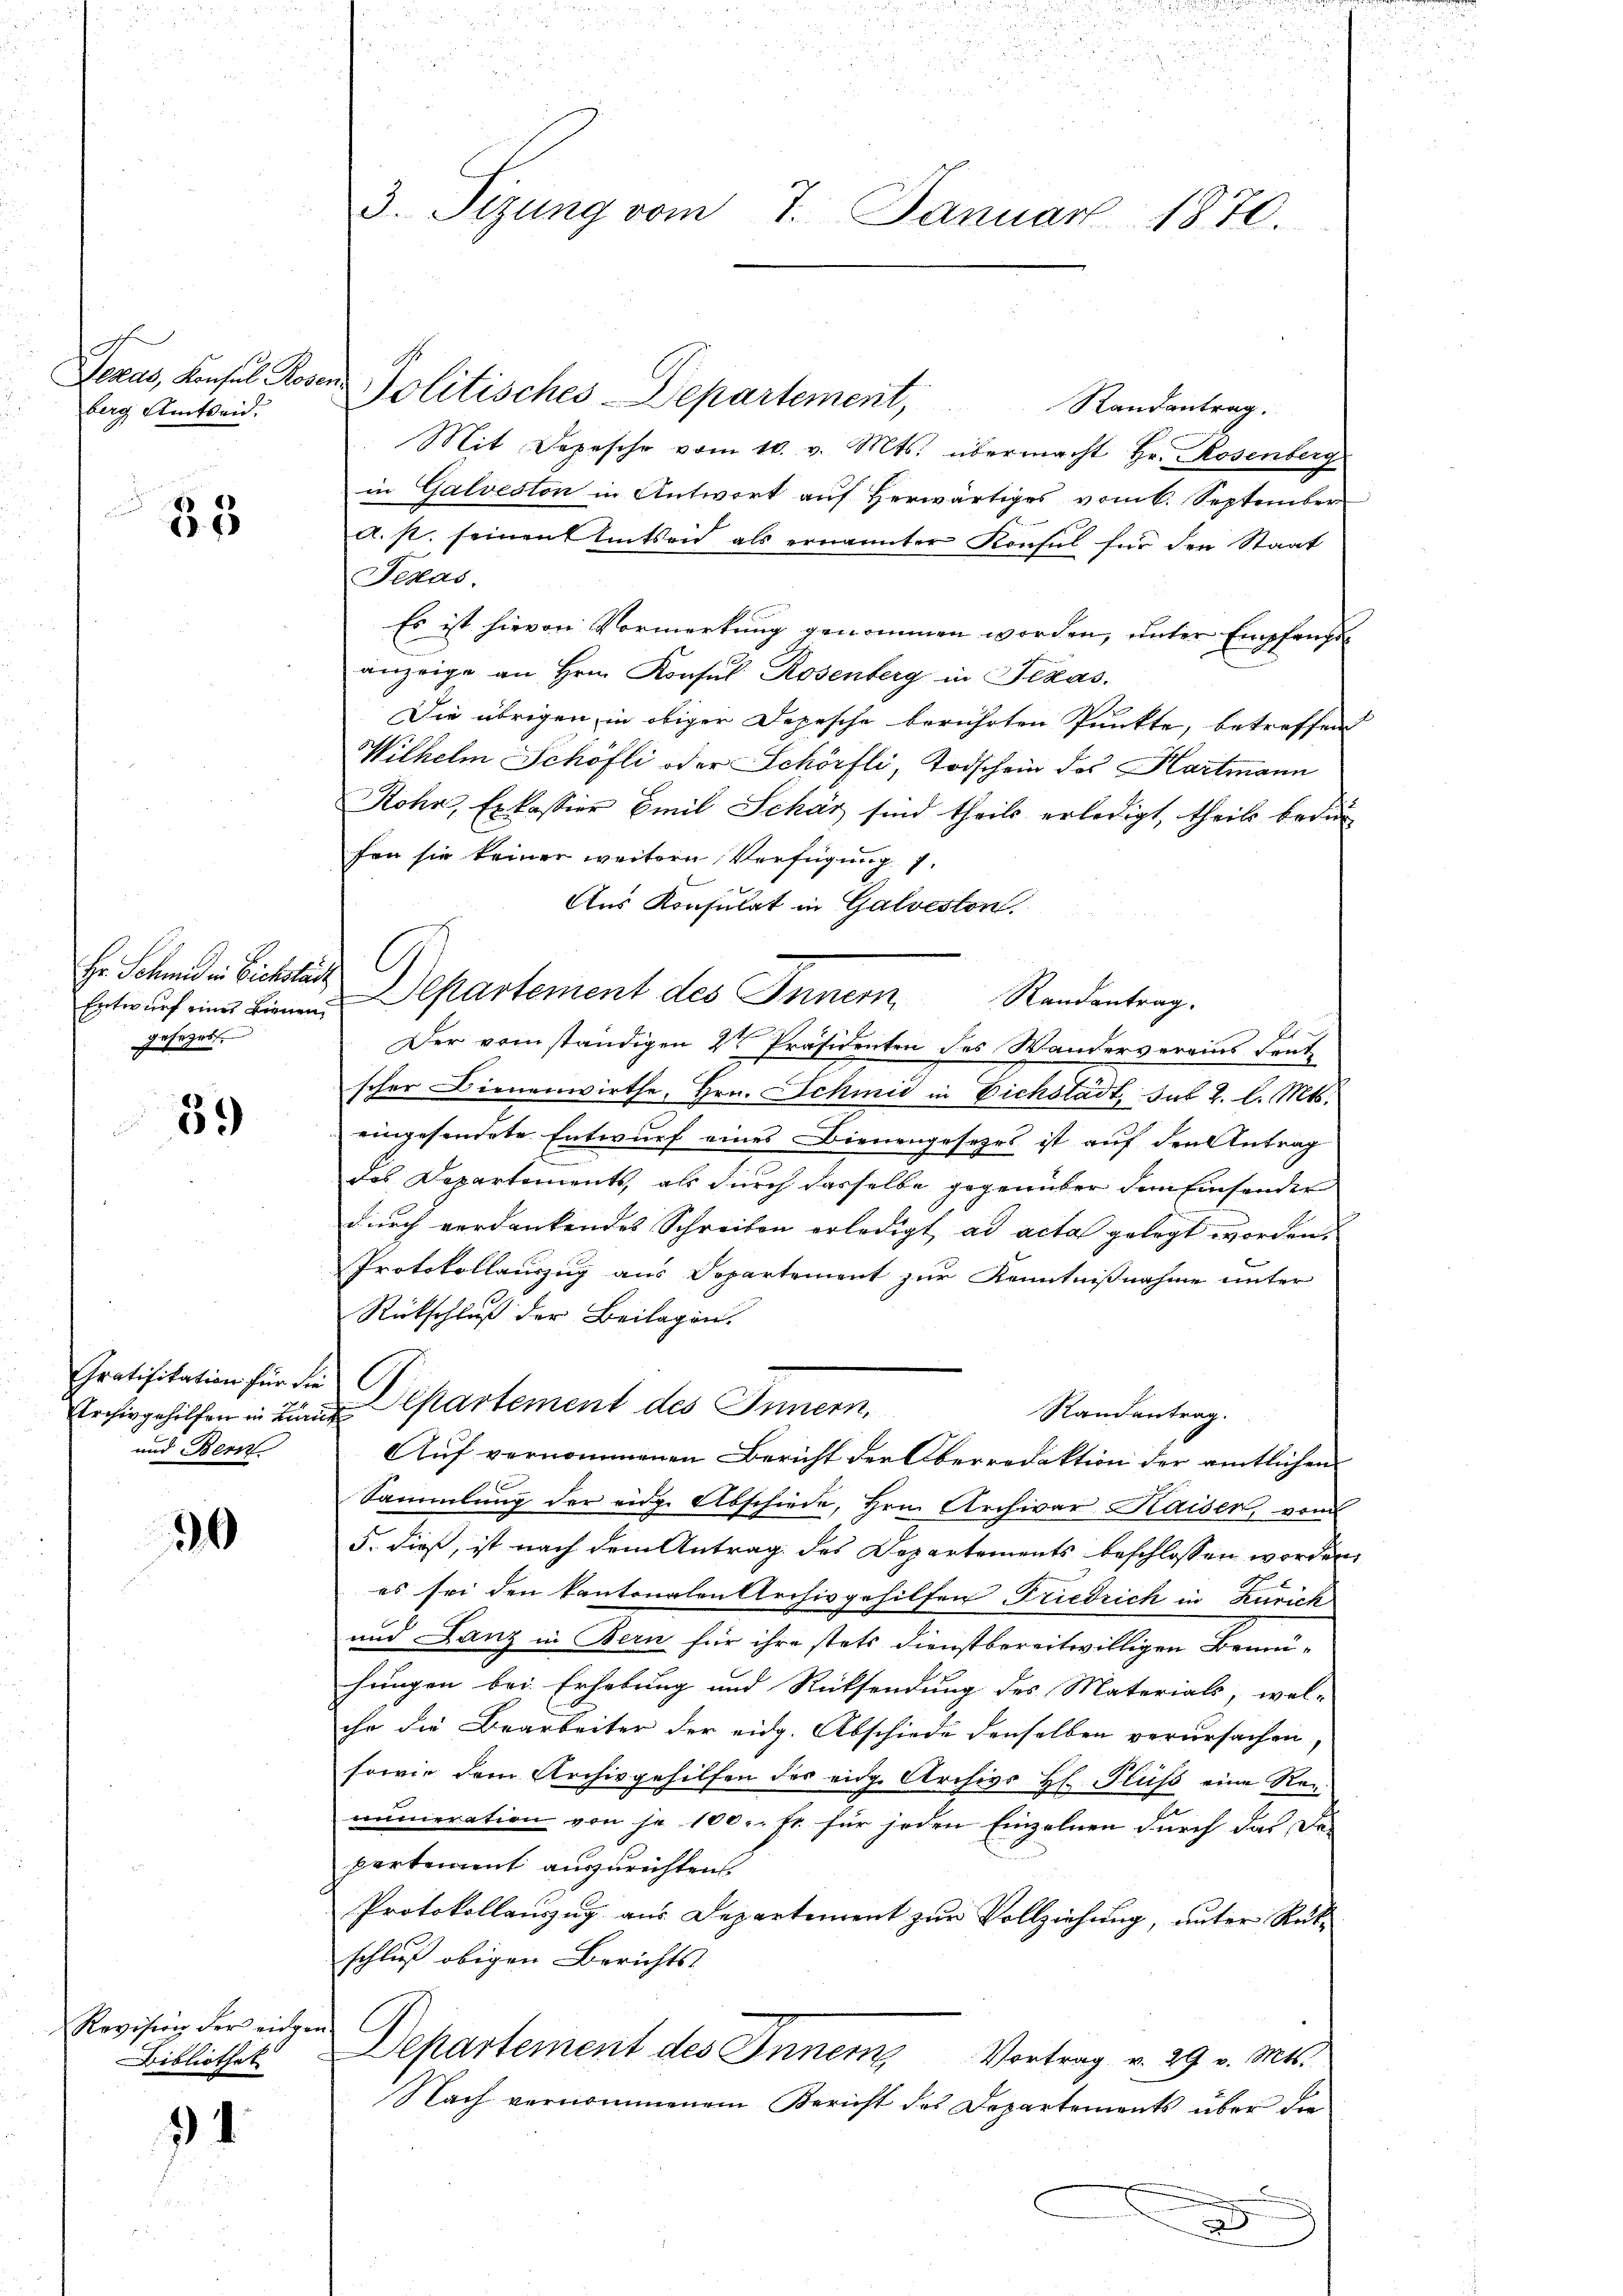
berg Amtseid.

33

Hr. Schmid in Bickelun
gesezes.

39)

Gratifikation für die
und Bern

30

Revision der eidge¬
Bibliothek

14

3. Sizung vom 7. Januar 1870.

Jerus, Konsul Rosen Molitisches Departement, Randantrag.
Mit Depesche vom 10. v. Mts. übermacht Hr. Rosenberg
in Galveston in Antwort auf Herwärtiges vom 6. September
a. s. seinen Amtseid als ernannter Konsul für den Staat
Texas
Es ist hievon Vormerkung genommen worden, unter Empfangsanzeige an Hrn. Konsul Rosenberg in Texas
Die übrigen in obiger Depesche berührten Punkte, betreffend
Wilhelm Schöfli oder Schörfli, Todschein des Hartmann
Kohn, Exkassier Emil Schär sind theils erledigt, theils bedür
fen sie keiner weitern Verfügung 1.
Aus Konsulat in Galveston.
Entwurf eine Linnen Departement des Innern Randentrag.
Der vom ständigen 2te Präsidenten des Wanderverains Leut
scher Dienenwirthe, Hrn. Schmid in Eichstadt, sub 2. l. Mts.
eingesendete Entwurf eines Bienengesezes ist auf den Antrag
des Departements, als durch dasselbe gegenüber dem Einsender
durch verdankendes Schreiben erledigt, ad acta gelegt worden.
Protokollauszug aus Departement zur Kenntnißnahme unter
Rückschluß der Beilagen.

Erchergehilfen in Lune partement des Innern,
Randantrag.
Auf vernommenen Bericht der Oberredaktion der amtlichen
Sammlung der eidg. Abschiede, Hrn. Archivar Kaiser, vom
5. dieß, ist nach dem Antrag des Departements beschlossen worden,
es sei den kantonalen Archivgehilfen Friedrich in Zürich
und Lanz in Bern für ihre stets dienstbereitwilligen Bemühungen bei Erhebung und Rücksendung des Materials, wel-
ihr die Bearbeiter der eidg. Abschiede denselben verursachen
sowie dem Archivgehilfen des eidg. Archivs Hl. Fluss eine Renumeration von je 100. fr. für jeden Einzelnen durch das De-
partement auszurichten.
Protokollauszug aus Departement zur Vollziehung, unter Reit-
schluß obigen Berichts-
Departement des Inner Vortrag v. 29. v. Mts.
Nach vernommenem Bericht des Departements über die
u

G.